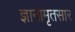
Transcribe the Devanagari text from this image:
ज्ञानामृतसार